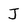
Character: J